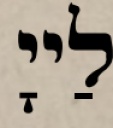
לַייָ